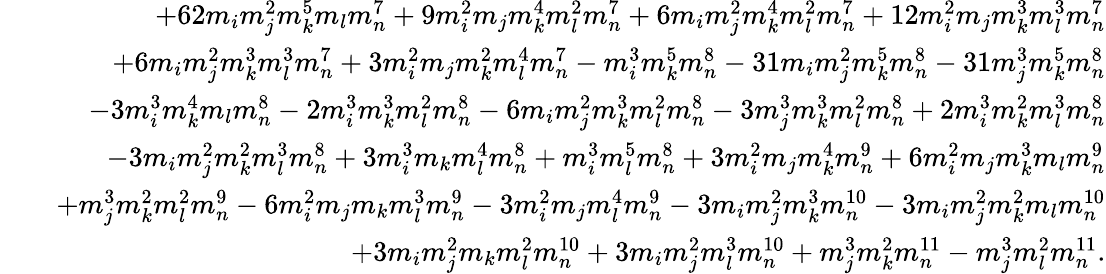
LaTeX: \begin{array}{rlr}&{}&{+62m_{i}m_{j}^{2}m_{k}^{5}m_{l}m_{n}^{7}+9m_{i}^{2}m_{j}m_{k}^{4}m_{l}^{2}m_{n}^{7}+6m_{i}m_{j}^{2}m_{k}^{4}m_{l}^{2}m_{n}^{7}+12m_{i}^{2}m_{j}m_{k}^{3}m_{l}^{3}m_{n}^{7}}\\ &{}&{+6m_{i}m_{j}^{2}m_{k}^{3}m_{l}^{3}m_{n}^{7}+3m_{i}^{2}m_{j}m_{k}^{2}m_{l}^{4}m_{n}^{7}-m_{i}^{3}m_{k}^{5}m_{n}^{8}-31m_{i}m_{j}^{2}m_{k}^{5}m_{n}^{8}-31m_{j}^{3}m_{k}^{5}m_{n}^{8}}\\ &{}&{-3m_{i}^{3}m_{k}^{4}m_{l}m_{n}^{8}-2m_{i}^{3}m_{k}^{3}m_{l}^{2}m_{n}^{8}-6m_{i}m_{j}^{2}m_{k}^{3}m_{l}^{2}m_{n}^{8}-3m_{j}^{3}m_{k}^{3}m_{l}^{2}m_{n}^{8}+2m_{i}^{3}m_{k}^{2}m_{l}^{3}m_{n}^{8}}\\ &{}&{-3m_{i}m_{j}^{2}m_{k}^{2}m_{l}^{3}m_{n}^{8}+3m_{i}^{3}m_{k}m_{l}^{4}m_{n}^{8}+m_{i}^{3}m_{l}^{5}m_{n}^{8}+3m_{i}^{2}m_{j}m_{k}^{4}m_{n}^{9}+6m_{i}^{2}m_{j}m_{k}^{3}m_{l}m_{n}^{9}}\\ &{}&{+m_{j}^{3}m_{k}^{2}m_{l}^{2}m_{n}^{9}-6m_{i}^{2}m_{j}m_{k}m_{l}^{3}m_{n}^{9}-3m_{i}^{2}m_{j}m_{l}^{4}m_{n}^{9}-3m_{i}m_{j}^{2}m_{k}^{3}m_{n}^{10}-3m_{i}m_{j}^{2}m_{k}^{2}m_{l}m_{n}^{10}}\\ &{}&{+3m_{i}m_{j}^{2}m_{k}m_{l}^{2}m_{n}^{10}+3m_{i}m_{j}^{2}m_{l}^{3}m_{n}^{10}+m_{j}^{3}m_{k}^{2}m_{n}^{11}-m_{j}^{3}m_{l}^{2}m_{n}^{11}.}\end{array}